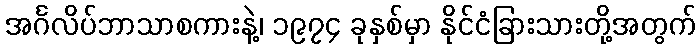
အင်္ဂလိပ်ဘာသာစကားနဲ့၊ ၁၉၇၄ ခုနှစ်မှာ နိုင်ငံခြားသားတို့အတွက်